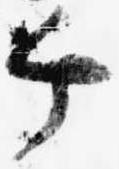
ケ